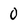
Character: 0